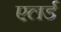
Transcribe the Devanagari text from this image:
एलर्ड